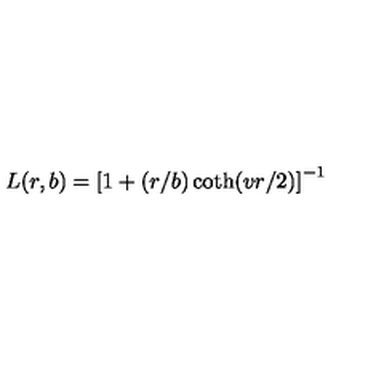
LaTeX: L ( r , b ) = \left[ 1 + ( r / b ) \coth ( v r / 2 ) \right] ^ { - 1 }